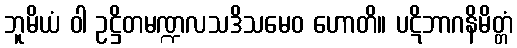
ဘူမိယံ ဝါ ဥဋ္ဌိတမဏ္ဍလသဒိသမေဝ ဟောတိ။ ပဋိဘာဂနိမိတ္တံ